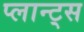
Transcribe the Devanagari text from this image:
प्लान्ट्स